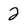
Character: 2